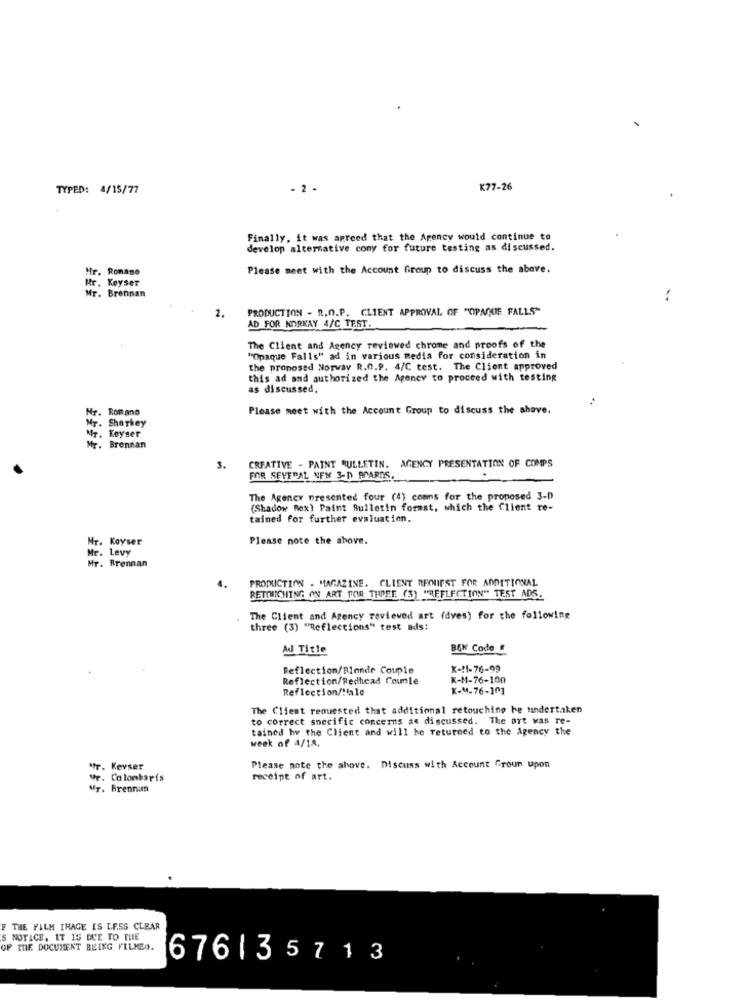
TYPED: 4/15/77
- 2 -
K77-26
Finally, it was apreed that the Agency would continue to
develop alternative cony for future testing as discussed.
Hr. Romano
Please meet with the Account Group to discuss the above.
Mr. Keyser
Mr. Brennan
:
PRODUCTION - R.O.P. CLIENT APPROVAL OF "OPAQUE FALLS"
2.
AD FOR NORKAY 4/C TEST.
The Client and Agency reviewed chrome and proofs of the
"Opaque Falls" ad in various media for consideration in
the proposed Norway R.O.P. 4/C test. The Client approved
this ad and authorized the Agency to proceed with testing
as discussed.
..
Mr. Romano
Please meet with the Account Group to discuss the above.
Mr. Sharkey
Mr. Keyser
Mr. Brennan
3.
CREATIVE - PAINT BULLETIN. AGENCY PRESENTATION OF COMPS
FOR SEVERAL NEW 3-D BOARDS.
The Agency presented four (4) comns for the proposed 3-D
(Shadow Box) Paint Bulletin forast, which the Client re-
tained for further evaluation.
Mr. Kayser
Please note the above.
Mr. Levy
Mr. Brennan
PRODUCTION . MAGAZINE. CLIENT RECHIFST FOR ADDITIONAL
RETIMICHING ON ART FOR THREE (S) "REFLECTION" TEST ADS.
The Client and Agency reviewed art (dyes) for the following
three (3) "Reflections" test ads:
Ad Title
B&K Code #
Reflection/Rionde Couple
K-11-76-99
Reflection/Redhead Coumle
K-M-76-100
Reflection/!ale
K-M-76-101
The Client requested that additional retouching he tindertaken
to correct specific concerns as discussed. The art was re-
tained by the Client and will be returned to the Agency the
week of 4/18.
*fr. Kevser
Please note the above. Discuss with Account Groun upon
Ur. Colombaris
receipt of art.
Mr. Brennan
F THE FILM INAGE IS LESS CLEAR
S NOTICE, IT IS DUE TO THE
OF THE DOCUMENT BEING FELMED.
676135713